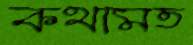
কথামত